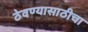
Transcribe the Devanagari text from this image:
ठेवण्यासाठीचा